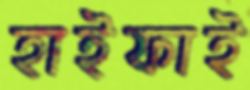
হাইফাই